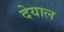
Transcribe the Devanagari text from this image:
देयाल